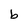
Character: b